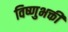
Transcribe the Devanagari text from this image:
विष्णुभक्ती